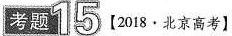
考题15【2018 · 北京高考】